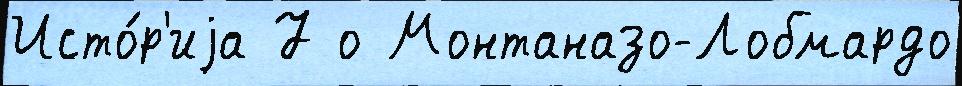
Исто́р'иjа 7 о Монтаназо-Лобмардо